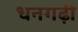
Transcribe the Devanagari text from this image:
धनगढ़ी